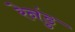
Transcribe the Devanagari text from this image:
रेनंडु